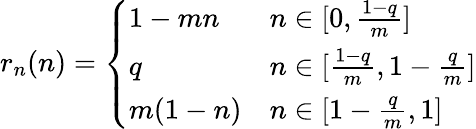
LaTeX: \begin{array}{r}{r_{n}(n)=\left\{ \begin{array}{ll}{1-mn}&{n\in[0,\frac{1-q}{m}]}\\ {q}&{n\in[\frac{1-q}{m},1-\frac qm]}\\ {m(1-n)}&{n\in[1-\frac qm,1]}\end{array}\right.}\end{array}